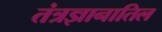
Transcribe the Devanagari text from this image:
तंत्रज्ञानातिल